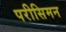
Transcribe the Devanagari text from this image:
परीसिमन